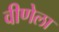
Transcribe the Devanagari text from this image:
वीणेला